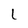
Character: L